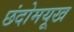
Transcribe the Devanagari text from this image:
छंदोमयूख